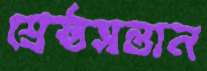
শ্রেষ্ঠসন্তান